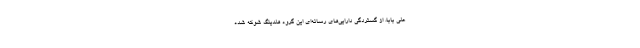
علی بابا، از گستردگی دارایی‌های رسانه‌ای این گروه هلدینگ شوکه شده